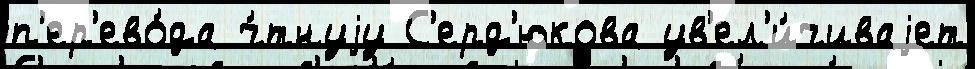
п'ер'ево́да ч́тнуjу С'ерд'юкова ув'ел'и́чиваjет